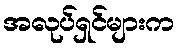
အလုပ်ရှင်များက